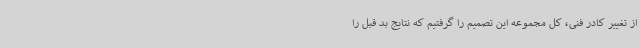
از تغییر کادر فنی، کل مجموعه این تصمیم را گرفتیم که نتایج بد قبل را